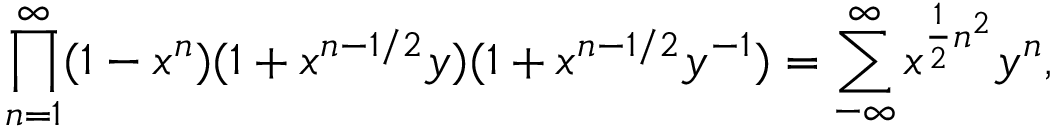
\prod _ { n = 1 } ^ { \infty } ( 1 - x ^ { n } ) ( 1 + x ^ { n - 1 / 2 } y ) ( 1 + x ^ { n - 1 / 2 } y ^ { - 1 } ) = \sum _ { - \infty } ^ { \infty } x ^ { \frac { 1 } { 2 } n ^ { 2 } } y ^ { n } ,